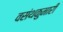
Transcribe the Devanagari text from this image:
वसंथकुमारी